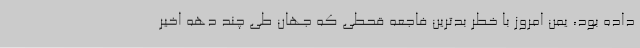
داده بود، یمن امروز با خطر بدترین فاجعه قحطی که جهان طی چند دهه اخیر